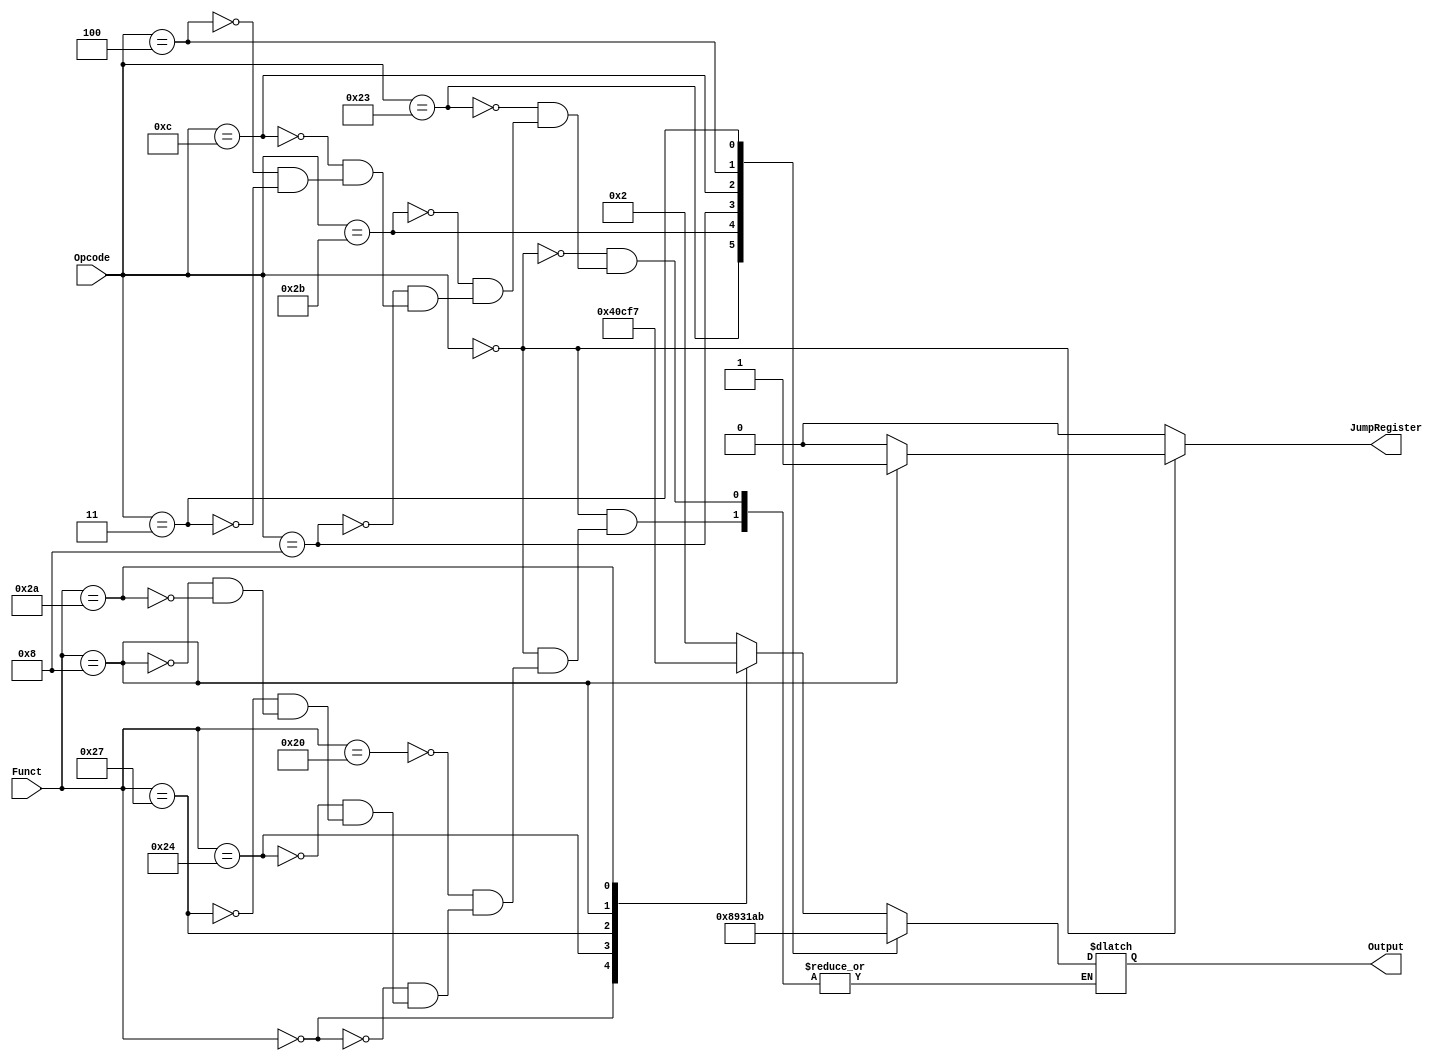
module alu_control_unit(Opcode,Funct,Output,JumpRegister);
input [5:0] Opcode;//operation control code / [31-26] instruction
input [5:0] Funct;//R-type function /[5-0] instruction
output reg [3:0] Output;//output to ALU
output reg JumpRegister;//jump to address specified in register 
always @ (Opcode or Funct) begin #25
	JumpRegister=1'b0;
	case(Opcode)
		6'b000_000:
		case(Funct)
		6'b100_000:Output=4'b0010;//add
		6'b000_000:Output=4'b0100;//sll
		6'b100_100:Output=4'b0000;//and
		6'b100_111:Output=4'b1100;//nor
		6'b001_000:begin//jr
		Output=4'b1111;
		JumpRegister=1'b1;
		end
		6'b101_010:Output=4'b0111;//slt
		endcase
		6'b100_011:Output=4'b1000;//lw
		6'b101_011:Output=4'b1001;//sw
		6'b001_000:Output=4'b0011;//addi
		6'b001_100:Output=4'b0001;//andi
		6'b000_100:Output=4'b1010;//beq	
		6'b000_011:Output=4'b1011;//jal
	endcase
end
endmodule